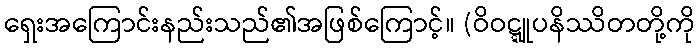
ရှေးအကြောင်းနည်းသည်၏အဖြစ်ကြောင့်။ (ဝိဝဋ္ဋူပနိဿိတတို့ကို